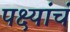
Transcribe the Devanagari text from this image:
पक्ष्यांचं